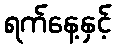
ရက်နေ့နှင့်